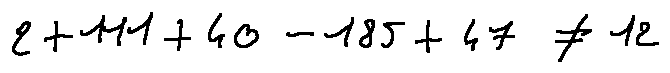
2 + 1 1 1 + 4 0 - 1 8 5 + 4 7 \neq 1 2